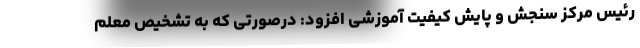
رئیس مرکز سنجش و پایش کیفیت آموزشی افزود: درصورتی که به تشخیص معلم